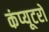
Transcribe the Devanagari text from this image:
कंप्‍यूटरों